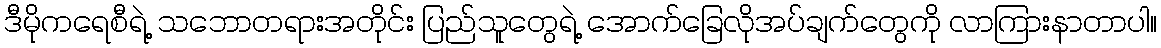
ဒီမိုကရေစီရဲ့ သဘောတရားအတိုင်း ပြည်သူတွေရဲ့ အောက်ခြေလိုအပ်ချက်တွေကို လာကြားနာတာပါ။